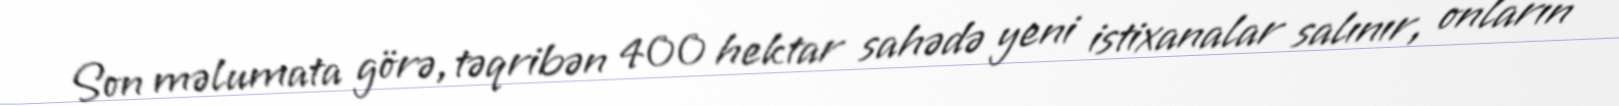
Son məlumata görə, təqribən 400 hektar sahədə yeni istixanalar salınır, onların